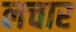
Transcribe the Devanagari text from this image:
लचार